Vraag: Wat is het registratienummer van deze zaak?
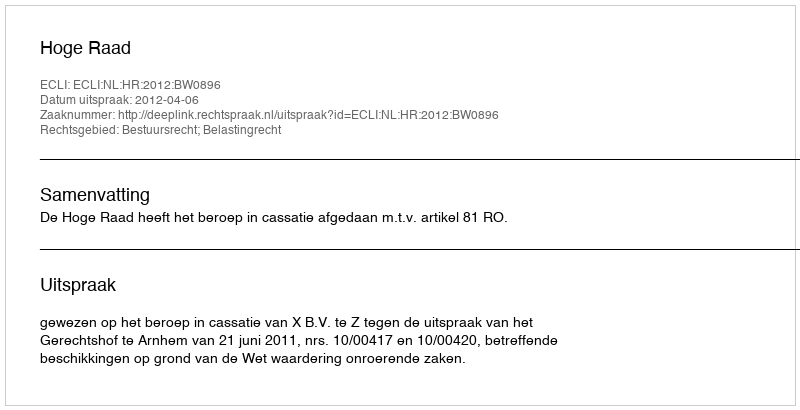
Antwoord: http://deeplink.rechtspraak.nl/uitspraak?id=ECLI:NL:HR:2012:BW0896